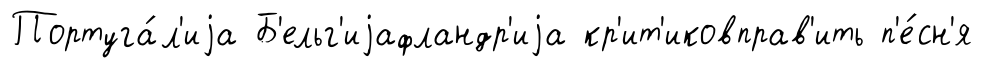
Португа́л'иjа Б'ельг'иjафландр'иjа кр'ит'иковправ'ить п'е́сн'я